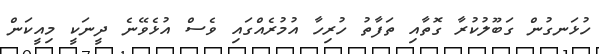
ހުޅަނގުން ގަބޫލުކުރާ ގޮތާއި ތަފާތު ހުރިހާ އުމުރެއްގައި ވެސް އުޅެވޭނެ ދީނަކީ މިއީކަން